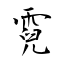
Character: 霓